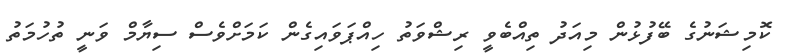
ކޮމިޝަނުގެ ބޭފުޅުން މިއަދު ތިއްބެވީ ރިޝްވަތު ހިއްޕަވައިގެން ކަމަށްވެސް ސިޔާމް ވަނީ ތުހުމަތު